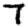
Digit: 7